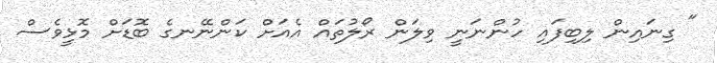
" ގިނައިން ލިބިފައި ހުންނަނީ ވިލަން ރޯލުތައް އެއަށް ކަންނޭނގެ ބޮޑަށް މޮޅީވެސް